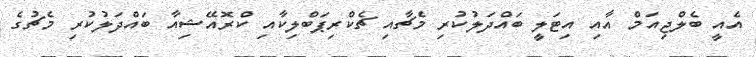
އެއީ ބެލްޖިއަމް އާއި އިޓަލީ ބައްދަލުކުރި މެޗާއި ޗެކްރިޕަބްލިކާއި ކްރޮއޭޝިއާ ބައްދަލުކުރި މެޗުގެ